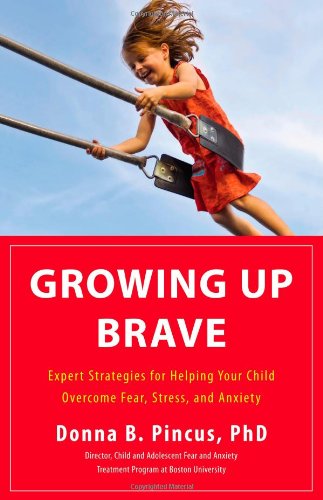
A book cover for Growing Up Brave: Expert Strategies for Helping Your Child Overcome Fear, Stress, and Anxiety; Donna B. Pincus; Self-Help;